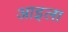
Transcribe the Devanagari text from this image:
आइला